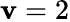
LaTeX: \mathbf{v}=2